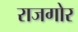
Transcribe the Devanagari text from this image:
राजगोर